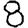
Digit: 8